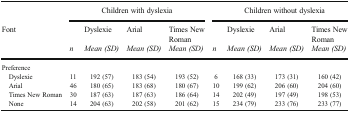
<table><thead><tr><td></td><td colspan="4"><b>Children with dyslexia</b></td><td colspan="4"><b>Children without dyslexia</b></td></tr><tr><td rowspan="2"><b>Font</b></td><td></td><td><b>Dyslexie</b></td><td><b>Arial</b></td><td><b>Times New Roman</b></td><td></td><td><b>Dyslexie</b></td><td><b>Arial</b></td><td><b>Times New Roman</b></td></tr><tr><td><b><i>n</i></b></td><td><b><i>Mean (SD)</i></b></td><td><b><i>Mean (SD)</i></b></td><td><b><i>Mean (SD)</i></b></td><td><b><i>n</i></b></td><td><b><i>Mean (SD)</i></b></td><td><b><i>Mean (SD)</i></b></td><td><b><i>Mean (SD)</i></b></td></tr></thead><tbody><tr><td colspan="9">Preference</td></tr><tr><td> Dyslexie</td><td>11</td><td>192 (57)</td><td>183 (54)</td><td>193 (52)</td><td>6</td><td>168 (33)</td><td>173 (31)</td><td>160 (42)</td></tr><tr><td> Arial</td><td>46</td><td>180 (65)</td><td>183 (68)</td><td>180 (67)</td><td>10</td><td>199 (62)</td><td>206 (60)</td><td>204 (60)</td></tr><tr><td> Times New Roman</td><td>30</td><td>187 (63)</td><td>187 (63)</td><td>186 (64)</td><td>14</td><td>202 (49)</td><td>197 (49)</td><td>198 (53)</td></tr><tr><td> None</td><td>14</td><td>204 (63)</td><td>202 (58)</td><td>201 (62)</td><td>15</td><td>234 (79)</td><td>233 (76)</td><td>233 (77)</td></tr></tbody></table>